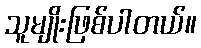
သူမျိုးဖြစ်ပါတယ်။